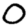
Digit: 0